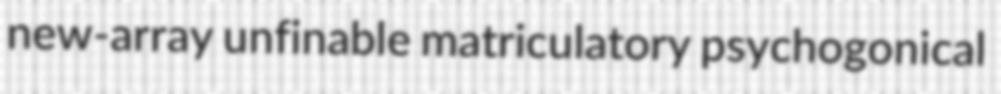
new-array unfinable matriculatory psychogonical